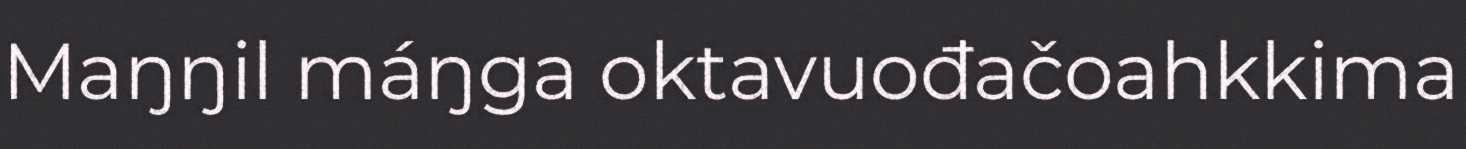
Maŋŋil máŋga oktavuođačoahkkima